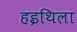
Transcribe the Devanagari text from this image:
हइथिला